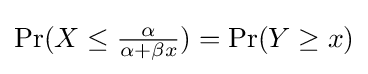
\Pr(X\leq {\tfrac {\alpha }{\alpha +\beta x}})=\Pr(Y\geq x)